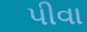
પીવા